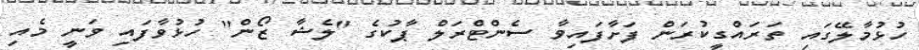
ހުޅުމާލޭގައި ތަރައްގީކުރަން ފަށާފައިވާ ސެންޓްރަލް ޕާކުގެ "ލެޝާ ޒޯން" ހުޅުވާފައި ވަނީ މެއި